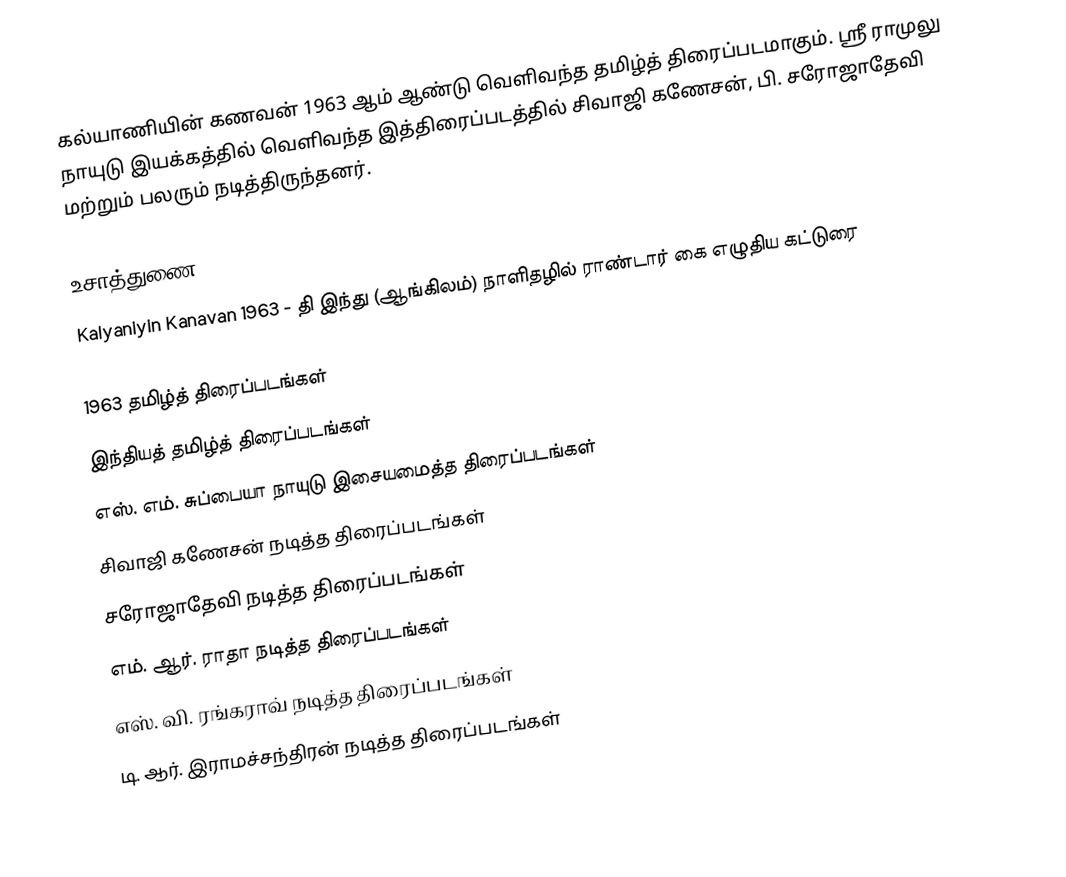
கல்யாணியின் கணவன் 1963 ஆம் ஆண்டு வெளிவந்த தமிழ்த் திரைப்படமாகும். ஸ்ரீ ராமுலு நாயுடு இயக்கத்தில் வெளிவந்த இத்திரைப்படத்தில் சிவாஜி கணேசன், பி. சரோஜாதேவி மற்றும் பலரும் நடித்திருந்தனர்.

உசாத்துணை
Kalyaniyin Kanavan 1963 - தி இந்து (ஆங்கிலம்) நாளிதழில் ராண்டார் கை எழுதிய கட்டுரை

1963 தமிழ்த் திரைப்படங்கள்
இந்தியத் தமிழ்த் திரைப்படங்கள்
எஸ். எம். சுப்பையா நாயுடு இசையமைத்த திரைப்படங்கள்
சிவாஜி கணேசன் நடித்த திரைப்படங்கள்
சரோஜாதேவி நடித்த திரைப்படங்கள்
எம். ஆர். ராதா நடித்த திரைப்படங்கள்
எஸ். வி. ரங்கராவ் நடித்த திரைப்படங்கள்
டி. ஆர். இராமச்சந்திரன் நடித்த திரைப்படங்கள்